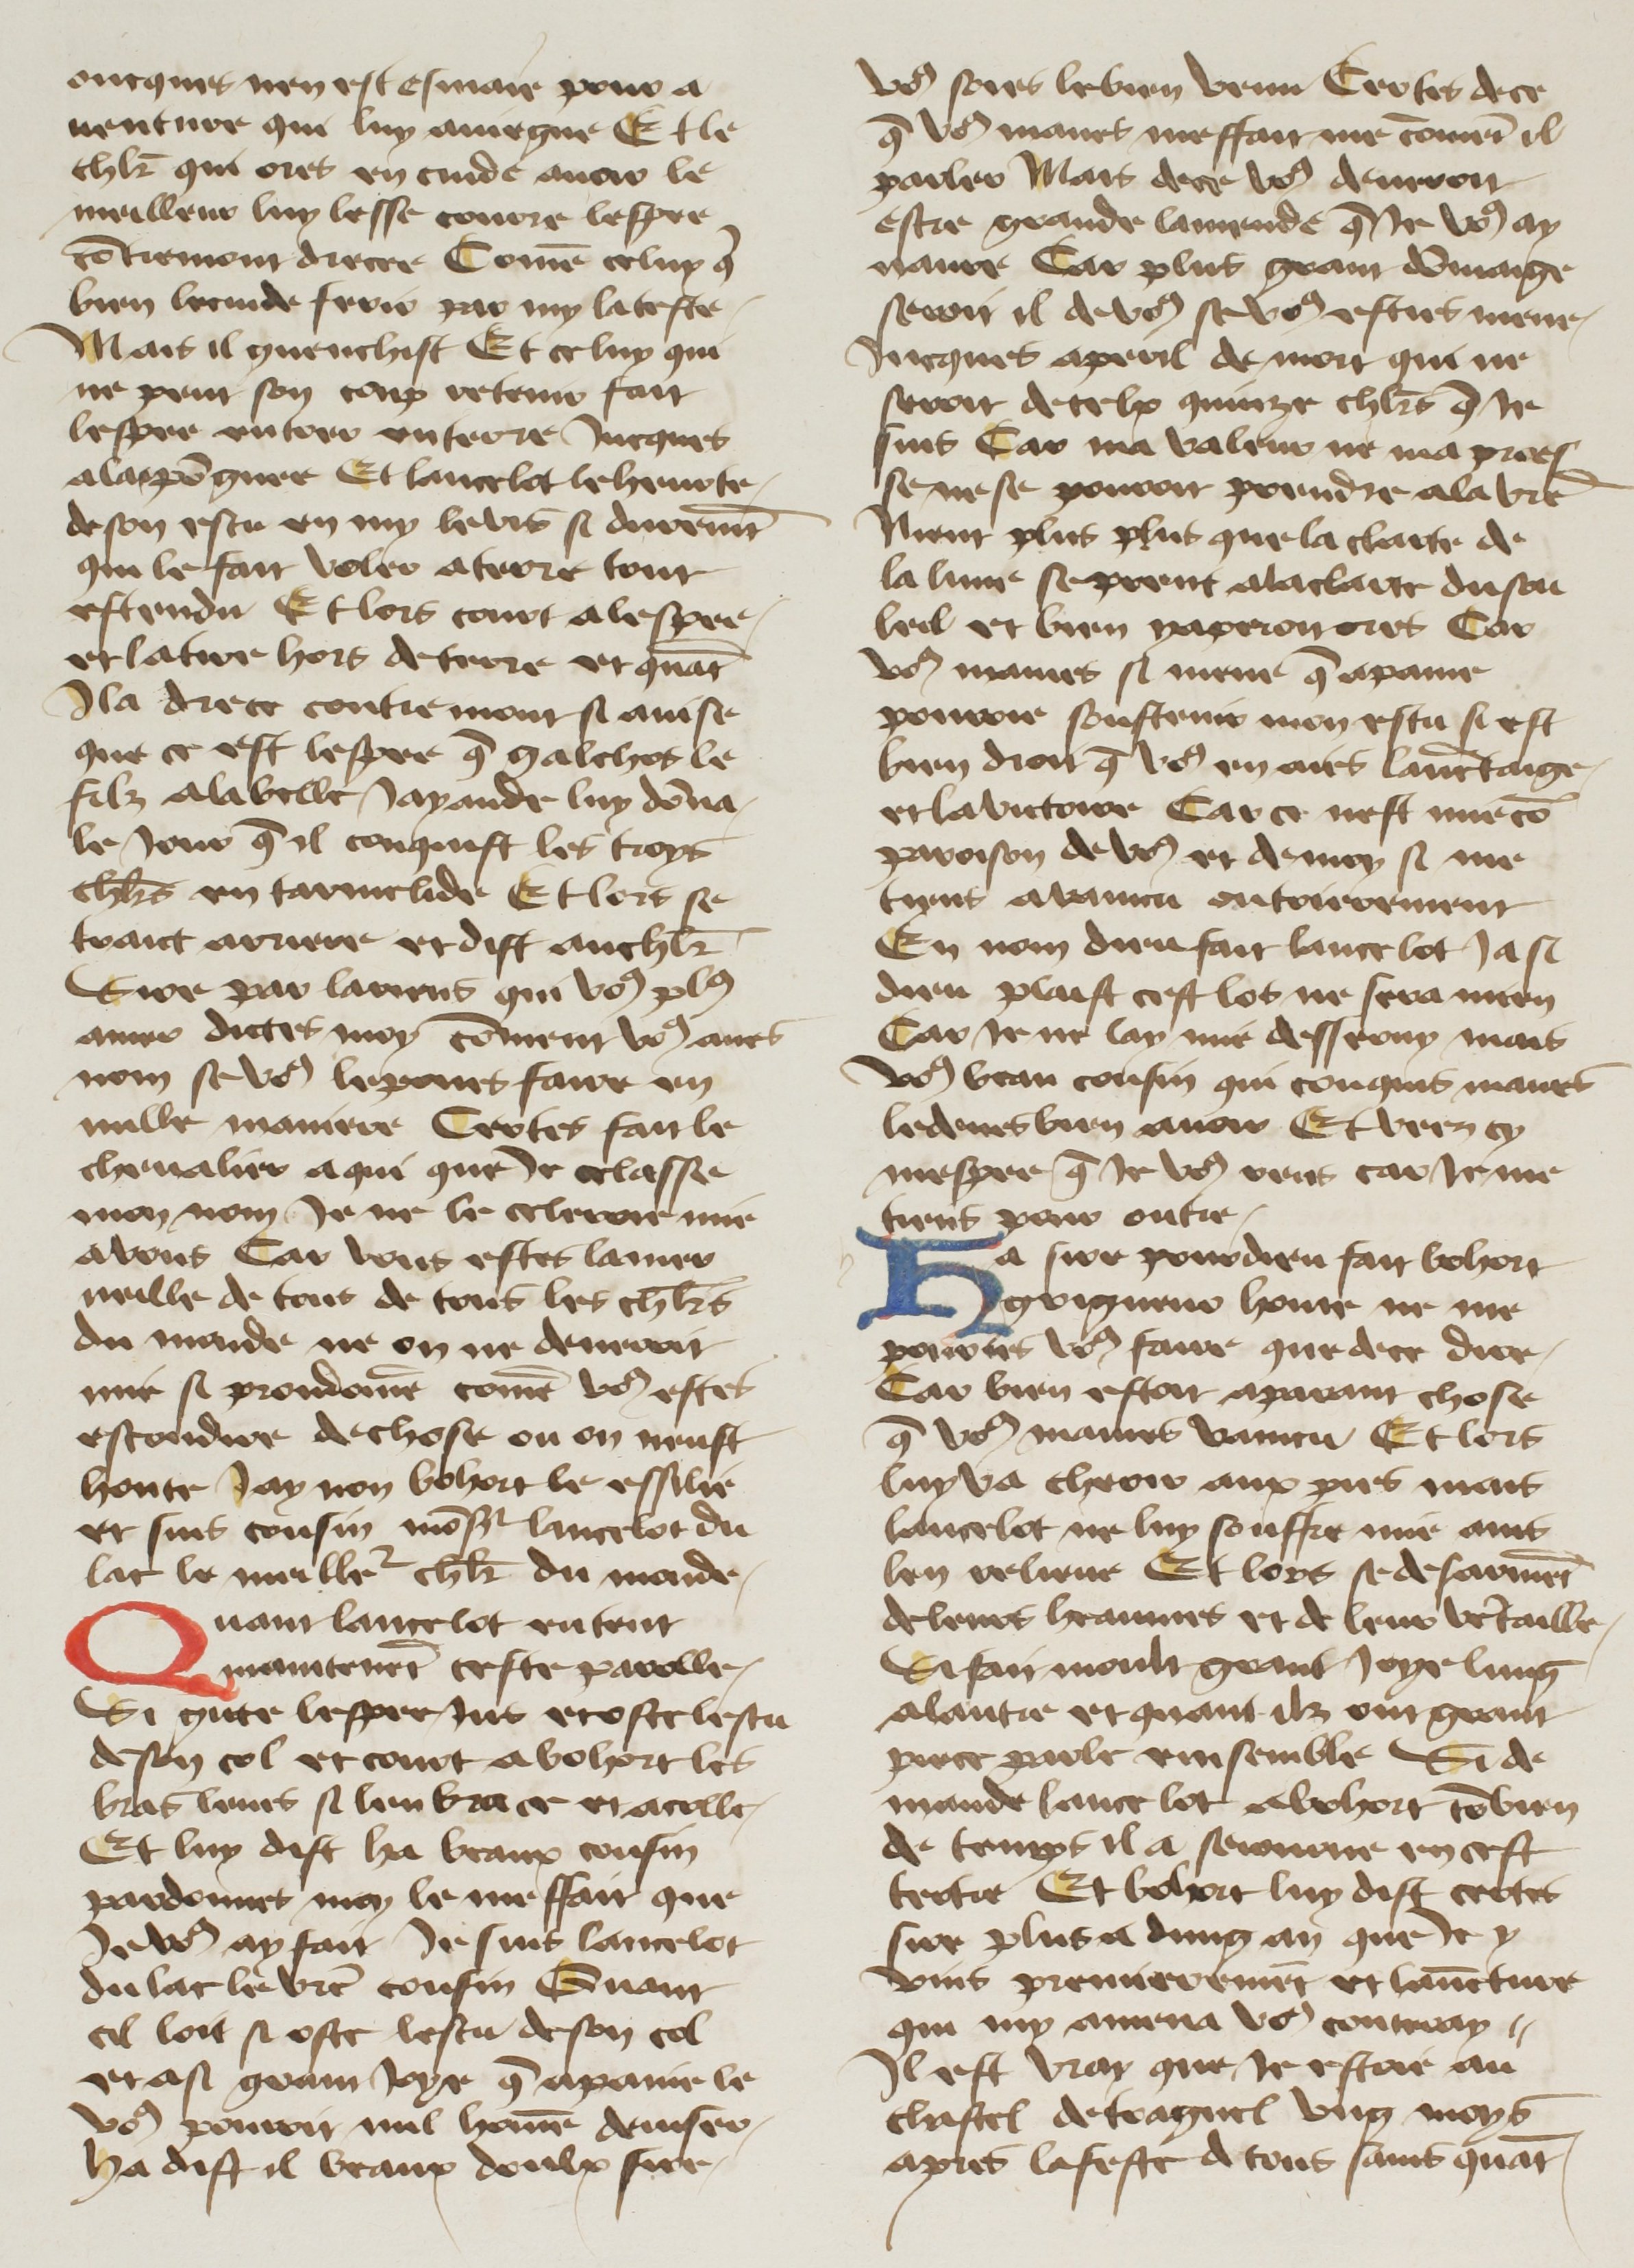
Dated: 1400–1499